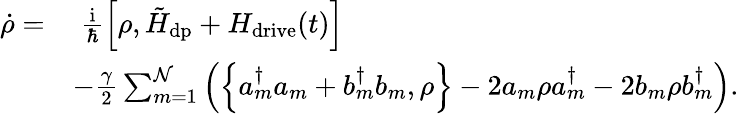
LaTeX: \begin{array}{rl}{\dot{\rho}=}&{\; \frac{\mathrm{i}}{\hbar}\left[\rho,\tilde{H}_{\mathrm{dp}}+H_{\mathrm{drive}}(t)\right]}\\ &{-\frac{\gamma}{2}\sum_{m=1}^{\mathcal{N}}\left(\left\{ a_{m}^{\dagger}a_{m}^{\phantom{\dagger}}+b_{m}^{\dagger}b_{m}^{\phantom{\dagger}},\rho\right\} -2a_{m}^{\phantom{\dagger}}\rho a_{m}^{\dagger}-2b_{m}^{\phantom{\dagger}}\rho b_{m}^{\dagger}\right).}\end{array}